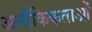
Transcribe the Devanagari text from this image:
अलौकिकताओं